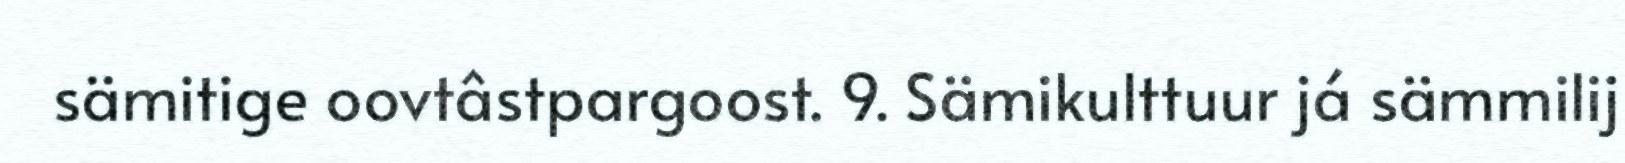
sämitige oovtâstpargoost. 9. Sämikulttuur já sämmilij